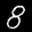
Label: 8